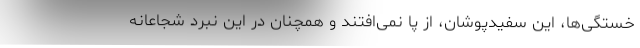
خستگی‌ها، این سفیدپوشان، از پا نمی‌افتند و همچنان در این نبرد شجاعانه